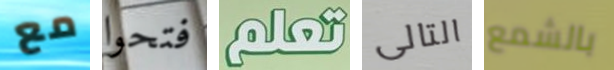
مع فتحوا تعلم التالى بالشمع